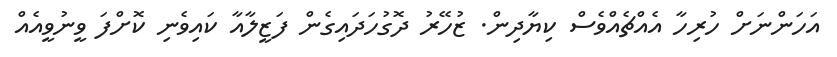
އަހަންނަށް ހުރިހާ އެއްޗެއްވެސް ކިޔާދިން. ޒުހޭރު ދޮގުހަދައިގެން ފަޒީލާއާ ކައިވެނި ކޮށްފަ ވީނުވީއެއް